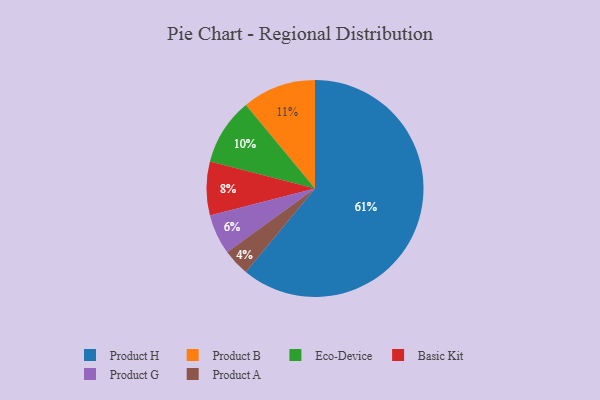
{"axis": {"x": "Category", "y": "Percentage"}, "legend": ["Basic Kit", "Eco-Device", "Product A", "Product B", "Product G", "Product H"], "data": [{"x": "Product G", "y": 6, "type": "Product G"}, {"x": "Eco-Device", "y": 10, "type": "Eco-Device"}, {"x": "Product A", "y": 4, "type": "Product A"}, {"x": "Product B", "y": 11, "type": "Product B"}, {"x": "Product H", "y": 61, "type": "Product H"}, {"x": "Basic Kit", "y": 8, "type": "Basic Kit"}]}